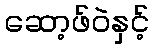
ဆော့ဖ်ဝဲနှင့်